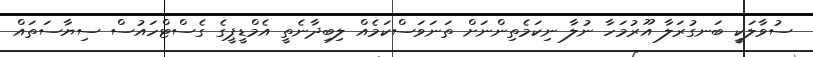
ސުވާލަކީ ބަނގުރަލާ އޫރުމަހާ ނުލާ ނިކަމެތިންނަށް ތަނަވަސްކަމެއް ލިބިދާނެތީ އެމްޑީޕީގެ ގެސްޓްހައުސް ސިޔާސަތައް